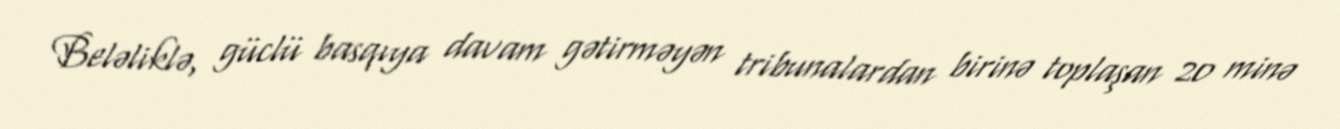
Beləliklə, güclü basqıya davam gətirməyən tribunalardan birinə toplaşan 20 minə